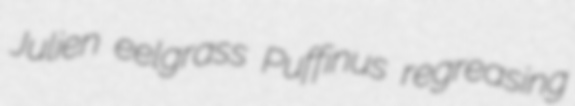
Julien eelgrass Puffinus regreasing